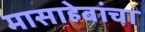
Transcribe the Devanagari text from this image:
मासाहेबांचा